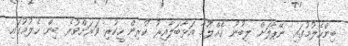
ބިންހެލުމުގައި ނޭޕާލަށް ލިބުނު ގެއްލުމާ އަޅާބަލާއިރު ކުރިން ހީކުރި ވަރަށްވުރެ ބިން ހެލުމުގައި